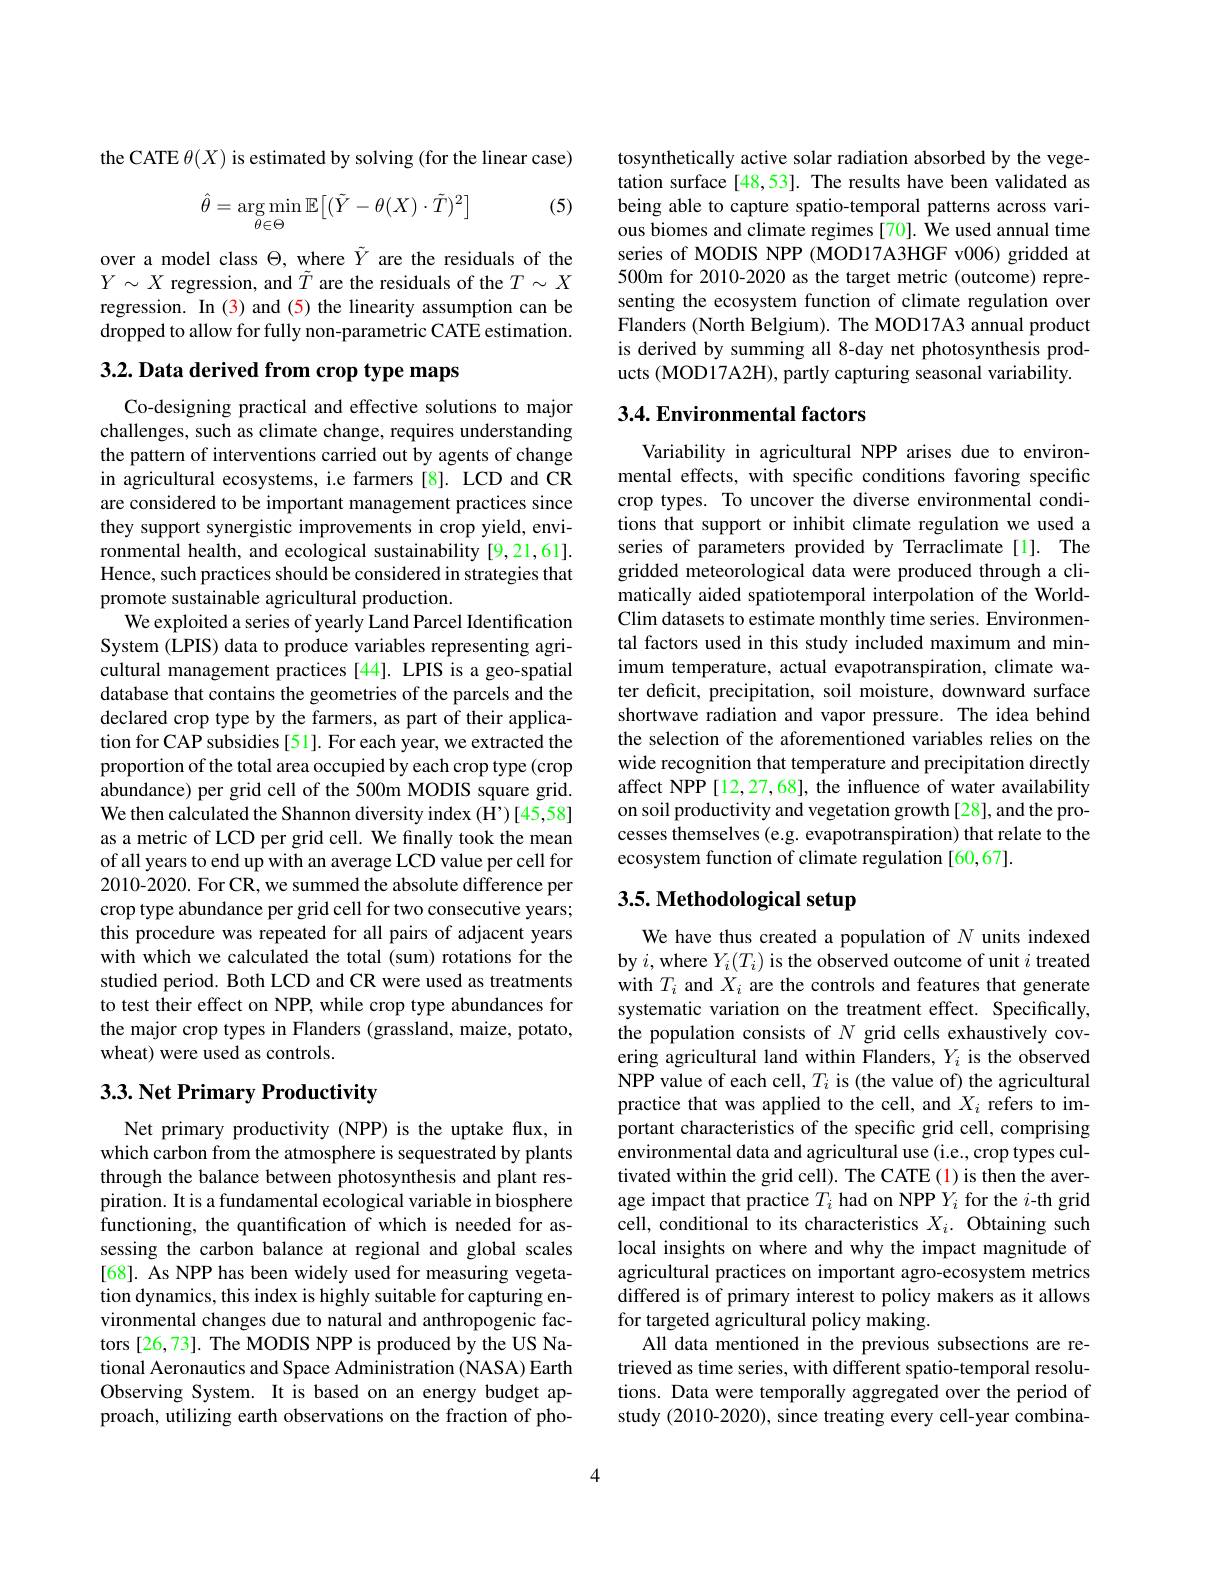
the CATE $\theta(X)$ is estimated by solving (for the linear case)

(5)
$$\hat{\theta}=\arg\min_{\theta\in\Theta}\mathbb{E}\big[(\tilde{Y}-\theta(X)\cdot\tilde{T})^{2}\big]$$
over a model class $\Theta $,where$\tilde{Y}$ are the residuals of the $Y\sim X$ regression, and $\tilde{T}$ are the residuals of the $T\sim X$ regression. In (3) and (5) the linearity assumption can be dropped to allow for fully non-parametric CATE estimation.

3.2. Data derived from crop type maps

Co-designing practical and effective solutions to major challenges, such as climate change, requires understanding the pattern of interventions carried out by agents of change in agricultural ecosystems, i.e farmers [8]. LCD and CR are considered to be important management practices since they support synergistic improvements in crop yield, environmental health, and ecological sustainability [9,21,61]. Hence, such practices should be considered in strategies that promote sustainable agricultural production.
We exploited a series of yearly Land Parcel Identification System (LPIS) data to produce variables representing agricultural management practices[44]. LPIS is a geo-spatial database that contains the geometries of the parcels and the declared crop type by the farmers, as part of their application for CAP subsidies [51]. For each year, we extracted the proportion of the total area occupied by each crop type (crop abundance) per grid cell of the 500m MODIS square grid. We then calculated the Shannon diversity index (H')[45,58] as a metric of LCD per grid cell. We finally took the mean of all years to end up with an average LCD value per cell for 2010-2020. For CR, we summed the absolute difference per crop type abundance per grid cell for two consecutive years; this procedure was repeated for all pairs of adjacent years with which we calculated the total (sum) rotations for the studied period. Both LCD and CR were used as treatments to test their effect on NPP, while crop type abundances for the major crop types in Flanders (grassland, maize, potato, wheat) were used as controls.

## $3. 3. \textbf{ Net Primary Productivity}$

Net primary productivity (NPP) is the uptake flux, in which carbon from the atmosphere is sequestrated by plants through the balance between photosynthesis and plant respiration. It is a fundamental ecological variable in biosphere functioning, the quantification of which is needed for assessing the carbon balance at regional and global scales [68]. As NPP has been widely used for measuring vegetation dynamics, this index is highly suitable for capturing environmental changes due to natural and anthropogenic factors [26,73]. The MODIS NPP is produced by the US National Aeronautics and Space Administration (NASA) Earth Observing System. It is based on an energy budget approach, utilizing earth observations on the fraction of pho-

tosynthetically active solar radiation absorbed by the vegetation surface [48,53]. The results have been validated as being able to capture spatio-temporal patterns across various biomes and climate regimes [70]. We used annual time series of MODIS NPP (MOD17A3HGF v006) gridded at 500m for 2010-2020 as the target metric (outcome) representing the ecosystem function of climate regulation over Flanders (North Belgium). The MOD17A3 annual product is derived by summing all 8-day net photosynthesis products (MOD17A2H), partly capturing seasonal variability.

## 3.4. Environmental factors

Variability in agricultural NPP arises due to environmental effects, with specific conditions favoring specific crop types. To uncover the diverse environmental conditions that support or inhibit climate regulation we used a series of parameters provided by Terraclimate[l]. The gridded meteorological data were produced through a climatically aided spatiotemporal interpolation of the WorldClim datasets to estimate monthly time series. Environmental factors used in this study included maximum and minimum temperature, actual evapotranspiration, climate water deficit, precipitation, soil moisture, downward surface shortwave radiation and vapor pressure. The idea behind the selection of the aforementioned variables relies on the wide recognition that temperature and precipitation directly affect NPP [12,27,68], the influence of water availability on soil productivity and vegetation growth[28], and the processes themselves (e.g. evapotranspiration) that relate to the ecosystem function of climate regulation [60,67].

# 3.5. Methodological setup

We have thus created a population of $N$ units indexed by $i$,where $Y_i(T_i)$ is the observed outcome of unit $i$ treated with $T_i$ and $X_i$ are the controls and features that generate systematic variation on the treatment effect. Specifically, the population consists of $N$ grid cells exhaustively covering agricultural land within Flanders, $Y_i$ is the observed NPP value of each cell, $T_i$ is (the value of) the agricultural practice that was applied to the cell, and $X_i$ refers to important characteristics of the specific grid cell, comprising environmental data and agricultural use (i.e., crop types cultivated within the grid cell). The CATE (1) is then the average impact that practice $T_i$ had on NPP $Y_i$ for the $i$-th grid cell, conditional to its characteristics $X_i.$ Obtaining such local insights on where and why the impact magnitude of agricultural practices on important agro-ecosystem metrics differed is of primary interest to policy makers as it allows for targeted agricultural policy making.
All data mentioned in the previous subsections are retrieved as time series, with different spatio-temporal resolutions. Data were temporally aggregated over the period of study (2010-2020), since treating every cell-year combina-

4